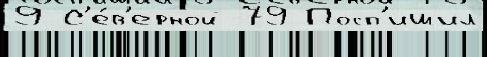
9 С'е́в'ерной 79 Посп'ишил